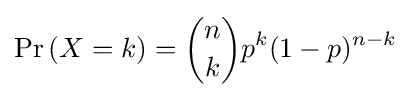
\Pr \,(X=k)={\binom {n}{k}}p^{k}(1-p)^{n-k}